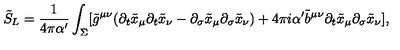
\tilde { S } _ { L } = \frac { 1 } { 4 \pi \alpha ^ { \prime } } \int _ { \Sigma } [ \tilde { g } ^ { \mu \nu } ( \partial _ { t } \tilde { x } _ { \mu } \partial _ { t } \tilde { x } _ { \nu } - \partial _ { \sigma } \tilde { x } _ { \mu } \partial _ { \sigma } \tilde { x } _ { \nu } ) + 4 \pi i \alpha ^ { \prime } \tilde { b } ^ { \mu \nu } \partial _ { t } \tilde { x } _ { \mu } \partial _ { \sigma } \tilde { x } _ { \nu } ] ,